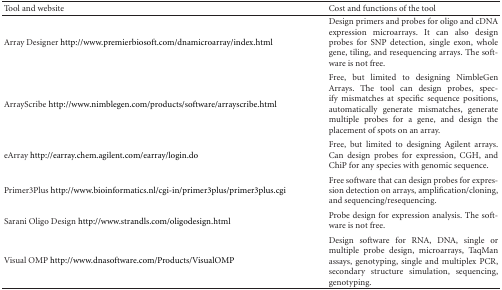
| Tool and website | Cost and functions of the tool |
 | --- | --- |
 | Array Designer http://www.premierbiosoft.com/dnamicroarray/index.html | Design primers and probes for oligo and cDNA expression microarrays. It can also design probes for SNP detection,single exon, whole gene, tiling, and resequencing arrays. The software is not free. |
 | ArrayScribe http://www.nimblegen.com/products/software/arrayscribe.html | Free, but limited to designingNimbleGen Arrays. The tool can design probes, specify mismatches at specificsequence positions, automatically generate mismatches, generate multipleprobes for a gene, and design the placement of spots on an array. |
 | eArray http://earray.chem.agilent.com/earray/login.do | Free, but limited to designingAgilent arrays. Can design probes for expression, CGH, and ChiP for any species withgenomic sequence. |
 | Primer3Plus http://www.bioinformatics.nl/cgi-in/primer3plus/primer3plus.cgi | Free software that can design probes for expression detection onarrays, amplification/cloning, and sequencing/resequencing. |
 | Sarani Oligo Design http://www.strandls.com/oligodesign.html | Probe design for expression analysis. The software is not free. |
 | Visual OMP http://www.dnasoftware.com/Products/VisualOMP | Design software for RNA,DNA, single or multiple probe design, microarrays, TaqMan assays, genotyping,single and multiplex PCR, secondary structure simulation, sequencing, genotyping. |